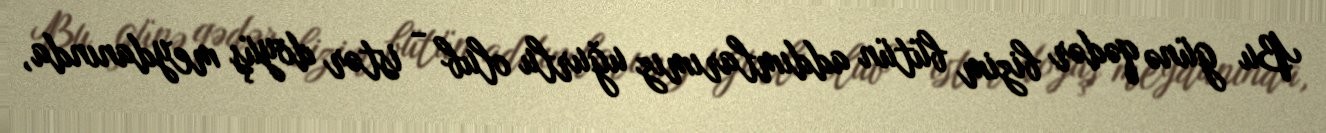
Bu günə qədər bizim bütün addımlarımız uğurlu olub - istər döyüş meydanında,